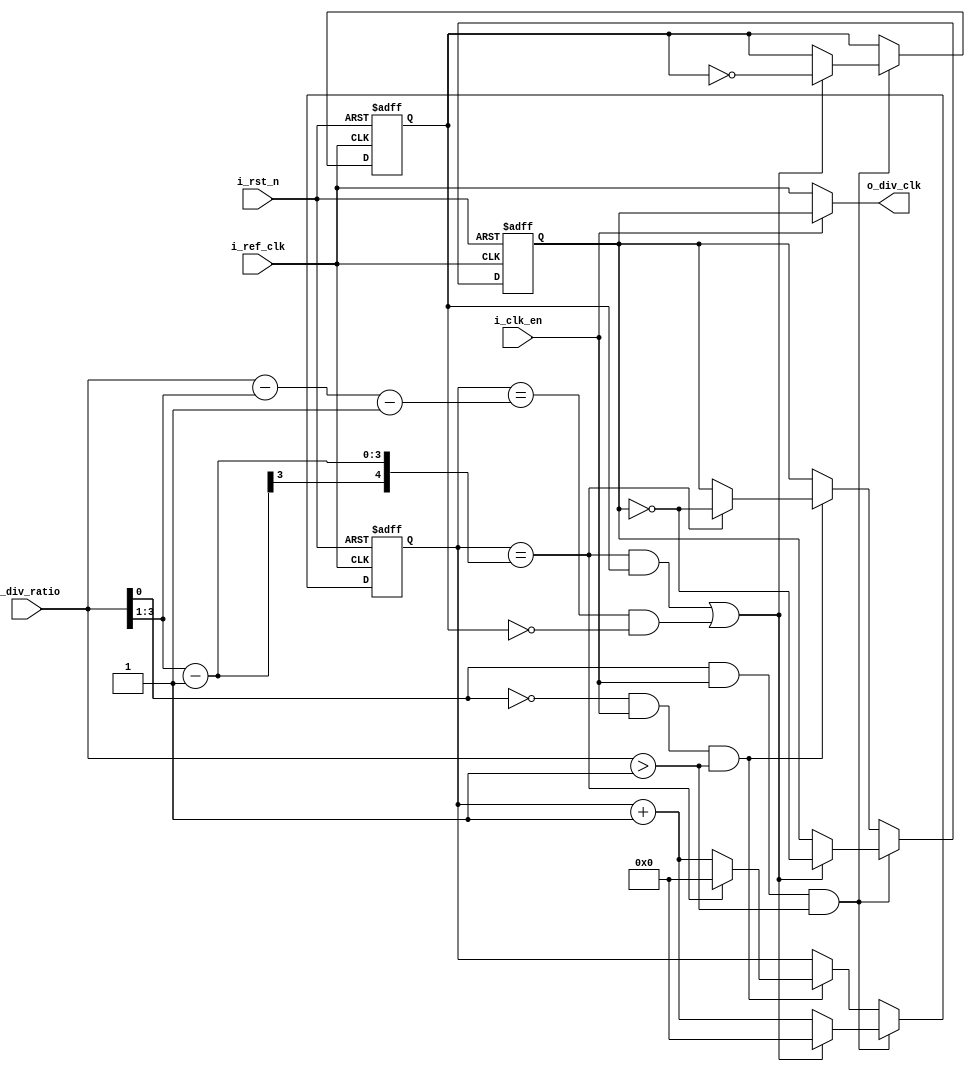
module clock_divider 
#(
parameter  WIDTH  = 4 


)


(

input wire i_ref_clk,
input wire i_rst_n,
input wire i_clk_en,
input wire [WIDTH-1:0]i_div_ratio,
output wire o_div_clk


);
reg o_div_clk_comb; 
reg [4:0] counter;
reg flag;
wire [WIDTH-1:0] div_result;
wire [4:0]check_even;
wire [4:0]check_odd;
assign div_result = i_div_ratio >> 1;
assign o_div_clk = i_clk_en ? o_div_clk_comb : i_ref_clk;  
assign check_even =  div_result -1 ;
assign check_odd = (i_div_ratio-div_result-1);


always @(posedge i_ref_clk , negedge i_rst_n) begin
/*reset state */
if(!i_rst_n)

    begin 

                flag <= 1;
                o_div_clk_comb <= 0;
                counter <= 0;


     end 

// odd if least significant is 1
else if(i_div_ratio[0] == 1 && i_clk_en && i_div_ratio > 1)

    begin

            if( ((counter == check_even) && flag )|| (counter == check_odd && !flag ) )

                begin 

                        flag <= ~flag ;
                        o_div_clk_comb = ~ o_div_clk_comb;
                        counter <= 0;

                 end 


                else

                begin 


                        o_div_clk_comb <= o_div_clk_comb;
                        counter <= counter + 1'b1;


                end 

    end 
/*even integer division */
else if (i_div_ratio[0] == 0 && i_clk_en && i_div_ratio > 1)

    begin 

            if( counter == check_even )

                begin 

                        o_div_clk_comb <= ~ o_div_clk_comb;
                        counter <= 0;

                end 

                else 

                begin 

                        o_div_clk_comb <= o_div_clk_comb;
                        counter <= counter + 1'b1;

                end 


    end 


end









    
endmodule